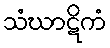
သံဃာဋိကံ